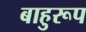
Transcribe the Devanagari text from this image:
बाहुरूप